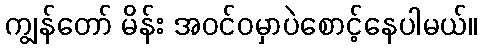
ကျွန်တော် မိန်း အဝင်ဝမှာပဲစောင့်နေပါမယ်။